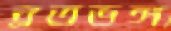
ব্রতভঙ্গ